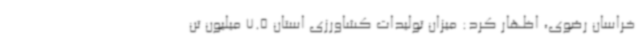
خراسان رضوی، اظهار کرد: میزان تولیدات کشاورزی استان 7.5 میلیون تن